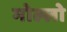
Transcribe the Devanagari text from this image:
मोल्लो